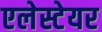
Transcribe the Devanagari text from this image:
एलेस्टेयर